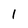
Character: 1